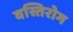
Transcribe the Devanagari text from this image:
वस्तिरोग